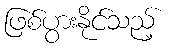
ဖြစ်ပွားနိုင်သည့်